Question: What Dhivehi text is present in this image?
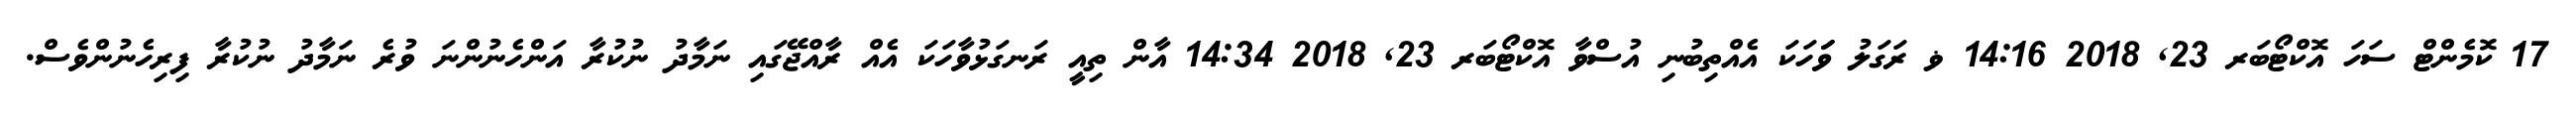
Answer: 17 ކޮމެންޓް ސަހަ އޮކްޓޯބަރ 23, 2018 14:16 ޥ ރަގަލު ވަަަހަކަ އެއްތިބުނި އުސްވާ އޮކްޓޯބަރ 23, 2018 14:34 އާން ތިއީ ރަނގަޅުވާހަކަ އެއް ރާއްޖޭގައި ނަމާދު ނުކުރާ އަންހެނުންނަ ވުރެ ނަމާދު ނުކުރާ ފިރިހެނުންވެސް.